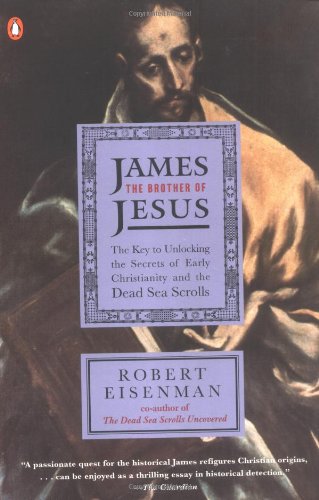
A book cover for James the Brother of Jesus: The Key to Unlocking the Secrets of Early Christianity and the Dead Sea Scrolls; Robert H. Eisenman; Christian Books & Bibles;